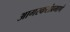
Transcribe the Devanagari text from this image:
आगरकरांप्रमाणे